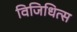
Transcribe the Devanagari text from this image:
विजिधित्स